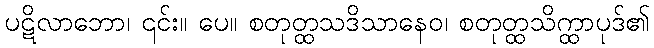
ပဋိလာဘော၊ ၎င်း။ ပေ။ စတုတ္ထသဒိသာနေဝ၊ စတုတ္ထသိက္ထာပုဒ်၏